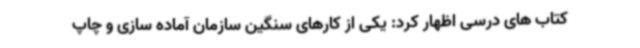
کتاب های درسی اظهار کرد: یکی از کارهای سنگین سازمان آماده سازی و چاپ